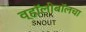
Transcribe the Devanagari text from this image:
व्हॉलीबॉलचा